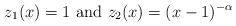
LaTeX: \begin{align*}z_1(x)=1\mbox{ and }z_2(x)=(x-1)^{-\alpha}\end{align*}